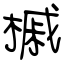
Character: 槭